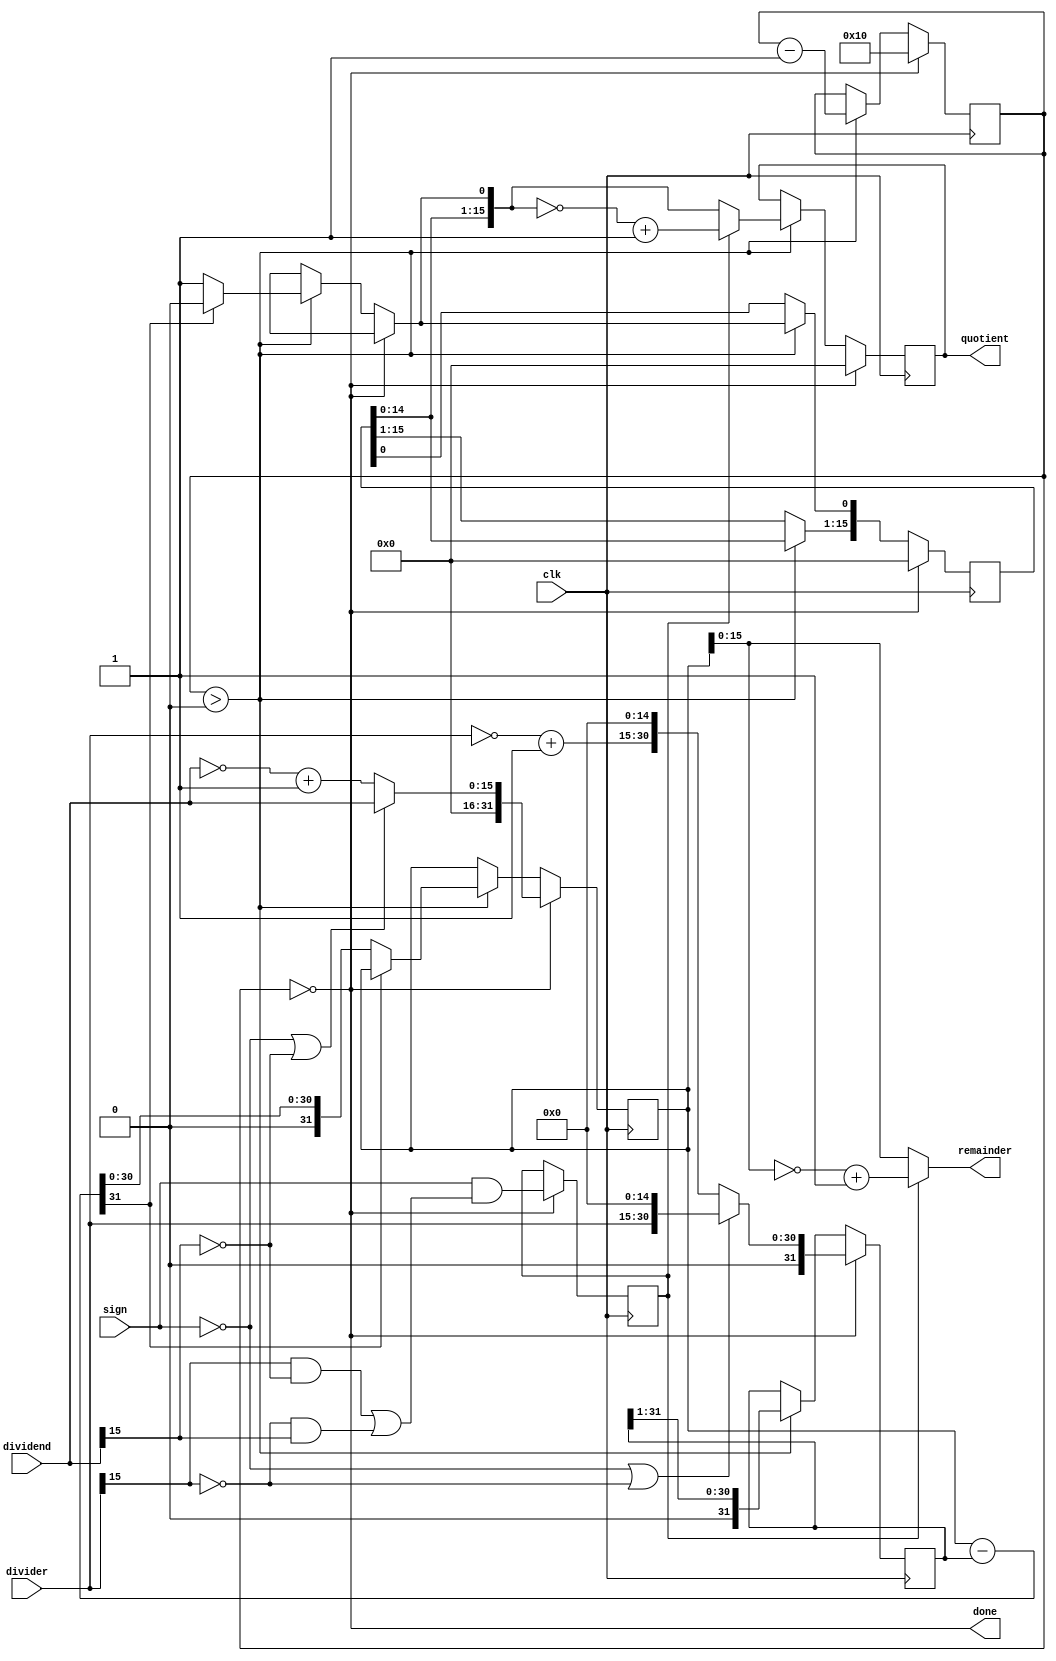
// This file is part of the vicii-kawari distribution
// (https://github.com/randyrossi/vicii-kawari)
// Copyright (c) 2022 Randy Rossi.
// 
// This program is free software: you can redistribute it and/or modify  
// it under the terms of the GNU General Public License as published by  
// the Free Software Foundation, version 3.
//
// This program is distributed in the hope that it will be useful, but 
// WITHOUT ANY WARRANTY; without even the implied warranty of 
// MERCHANTABILITY or FITNESS FOR A PARTICULAR PURPOSE. See the GNU 
// General Public License for more details.
//
// You should have received a copy of the GNU General Public License 
// along with this program. If not, see <http://www.gnu.org/licenses/>.

`timescale 1ns / 1ps

// Module to do long division, signed or unsigned.
module divide(
   input clk,
   input sign,
   input [15:0] dividend,
   input [15:0] divider,
   output done,
   output reg [15:0] quotient,
   output [15:0] remainder);

   reg [15:0]    quotient_temp;
   reg [31:0]    dividend_copy, divider_copy, diff;
   reg           negative_output;
   
   assign remainder = (!negative_output) ? 
                             dividend_copy[15:0] : 
                             ~dividend_copy[15:0] + 1'b1;

   reg [4:0]     bt; 
   assign done = (bt == 0);

   initial bt = 0;
   initial negative_output = 0;

   always @( posedge clk ) 

     if(done) begin

        bt = 5'd16;
        quotient = 0;
        quotient_temp = 0;
        dividend_copy = (!sign || !dividend[15]) ? 
                        {16'd0,dividend} : 
                        {16'd0,~dividend + 1'b1};
        divider_copy = (!sign || !divider[15]) ? 
                       {1'b0,divider,15'd0} : 
                       {1'b0,~divider + 1'b1,15'd0};

        negative_output = sign &&
                          ((divider[15] && !dividend[15]) 
                        ||(!divider[15] && dividend[15]));
        
     end 
     else if ( bt > 0 ) begin

        diff = dividend_copy - divider_copy;
        quotient_temp = quotient_temp << 1;

        if( !diff[31] ) begin
           dividend_copy = diff;
           quotient_temp[0] = 1'd1;
        end

        quotient = (!negative_output) ? 
                   quotient_temp : 
                   ~quotient_temp + 1'b1;

        divider_copy = divider_copy >> 1;
        bt = bt - 1'b1;
     end
endmodule